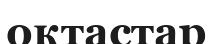
оқтастар